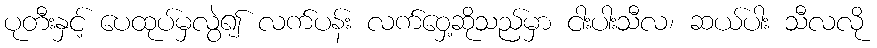
ပုတီးနှင့် ပေထုပ်မှလွဲ၍ လက်ပန်း လက်ဝှေ့ဆိုသည်မှာ ငါးပါးသီလ၊ ဆယ်ပါး သီလလို